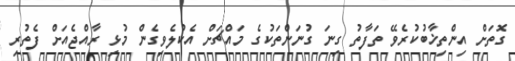
ގޮތަށް އިންތިޚާބުކުރެވޭ ތަފާތު ގިނަ ގުނަންތަކުގެ މައްޗަށް އެކުލެވިގެން މުޅި ރާއްޖެއަށް ފެތުރި